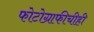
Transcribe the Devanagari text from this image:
फोटोग्राफीचीही